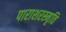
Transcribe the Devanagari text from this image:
पाराशरस्मृति